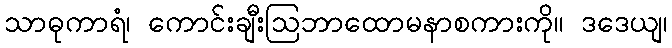
သာဓုကာရံ၊ ကောင်းချီးဩဘာထောမနာစကားကို။ ဒဒေယျ၊